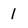
Character: 1